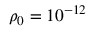
\rho _ { 0 } = 1 0 ^ { - 1 2 }